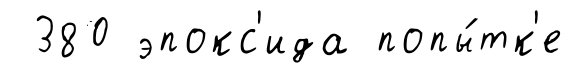
380 эпокс'ида попы́тк'е